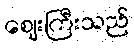
ဈေးကြီးသည်